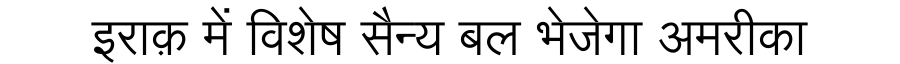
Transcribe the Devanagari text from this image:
इराक़ में विशेष सैन्य बल भेजेगा अमरीका